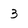
Character: 3